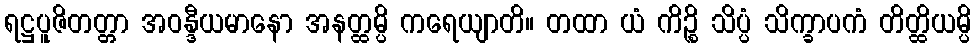
ရဋ္ဌပူဇိတတ္တာ အဝန္ဒီယမာနော အနတ္ထမ္ပိ ကရေယျာတိ။ တထာ ယံ ကိဉ္စိ သိပ္ပံ သိက္ခာပကံ တိတ္ထိယမ္ပိ